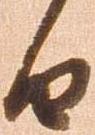
由